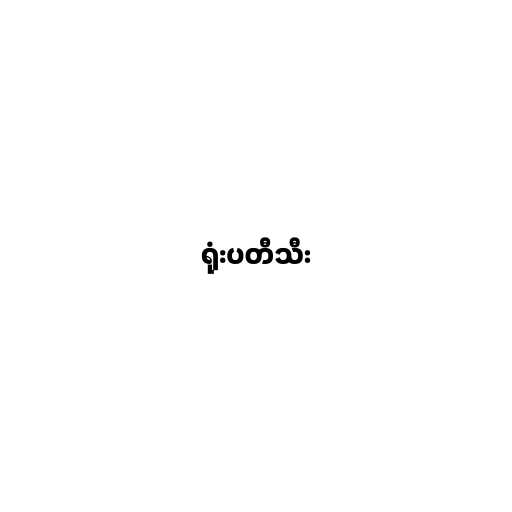
ရုံးပတီသီး